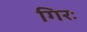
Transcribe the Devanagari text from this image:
गिरः